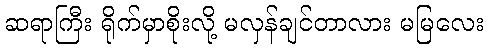
ဆရာကြီး ရိုက်မှာစိုးလို့ မလှန်ချင်တာလား မမြလေး